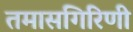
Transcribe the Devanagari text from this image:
तमासगिरिणी